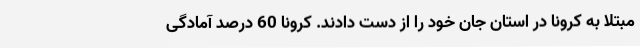
مبتلا به کرونا در استان جان خود را از دست دادند. کرونا 60 درصد آمادگی